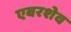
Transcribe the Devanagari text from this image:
एबरशेव